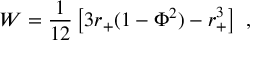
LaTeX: W = { \frac { 1 } { 1 2 } } \left[ 3 r _ { + } ( 1 - \Phi ^ { 2 } ) - r _ { + } ^ { 3 } \right] \ ,